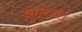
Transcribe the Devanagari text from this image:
जुएरेज़।